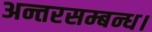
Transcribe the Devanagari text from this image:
अन्तरसम्बन्ध।